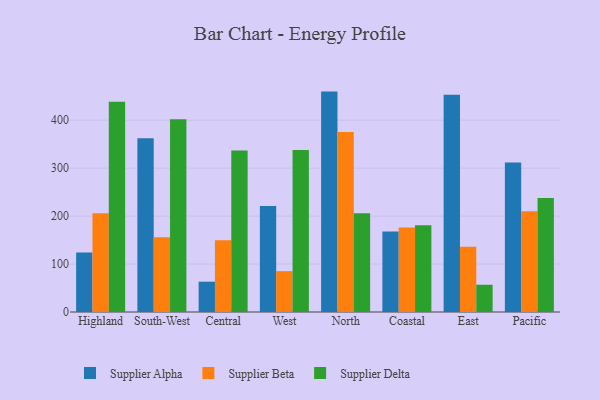
{"axis": {"x": "Region", "y": "Page Views"}, "legend": ["Supplier Alpha", "Supplier Beta", "Supplier Delta"], "data": [{"x": "Highland", "y": 124.0, "type": "Supplier Alpha"}, {"x": "Highland", "y": 205.9, "type": "Supplier Beta"}, {"x": "Highland", "y": 438.3, "type": "Supplier Delta"}, {"x": "South-West", "y": 362.3, "type": "Supplier Alpha"}, {"x": "South-West", "y": 155.9, "type": "Supplier Beta"}, {"x": "South-West", "y": 402.1, "type": "Supplier Delta"}, {"x": "Central", "y": 63.2, "type": "Supplier Alpha"}, {"x": "Central", "y": 149.4, "type": "Supplier Beta"}, {"x": "Central", "y": 336.6, "type": "Supplier Delta"}, {"x": "West", "y": 220.8, "type": "Supplier Alpha"}, {"x": "West", "y": 85.2, "type": "Supplier Beta"}, {"x": "West", "y": 337.6, "type": "Supplier Delta"}, {"x": "North", "y": 459.6, "type": "Supplier Alpha"}, {"x": "North", "y": 375.1, "type": "Supplier Beta"}, {"x": "North", "y": 205.7, "type": "Supplier Delta"}, {"x": "Coastal", "y": 167.7, "type": "Supplier Alpha"}, {"x": "Coastal", "y": 176.2, "type": "Supplier Beta"}, {"x": "Coastal", "y": 180.9, "type": "Supplier Delta"}, {"x": "East", "y": 452.8, "type": "Supplier Alpha"}, {"x": "East", "y": 136.1, "type": "Supplier Beta"}, {"x": "East", "y": 56.8, "type": "Supplier Delta"}, {"x": "Pacific", "y": 312.0, "type": "Supplier Alpha"}, {"x": "Pacific", "y": 210.0, "type": "Supplier Beta"}, {"x": "Pacific", "y": 237.9, "type": "Supplier Delta"}]}